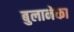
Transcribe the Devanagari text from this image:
बुलानेका